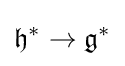
{\mathfrak {h}}^{*}\to {\mathfrak {g}}^{*}